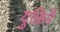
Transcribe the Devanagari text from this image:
युक्तिने